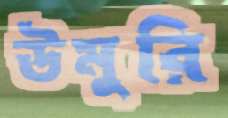
উমুরি